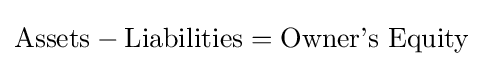
{\text{Assets}}-{\text{Liabilities}}={\text{Owner’s Equity}}